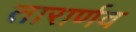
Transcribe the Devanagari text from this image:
तारार्णव